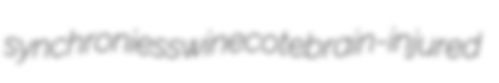
synchronies swinecote brain-injured